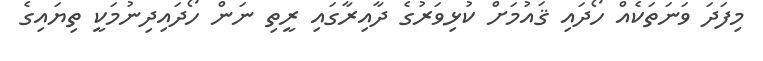
މިފަދަ ވަނަތަކެއް ހޯދައި ޤައުމަށް ކުޅިވަރުގެ ދާއިރާގައި ރީތި ނަން ހޯދައިދިނުމަކީ ތިޔައިގެ